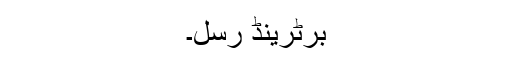
برٹرینڈ رسل۔